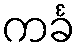
ကင်္ခ